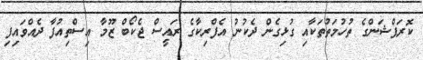
ކޮރަޕްޝަންގެ ތުހުމަތުތަކާއި ގުޅިގެން ދެކުނު އެފްރިކާގެ ރައީސް ޖެކޯބް ޒޫމާ އިސްތިއުފާ ދެއްވައިފި